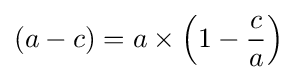
\left(a-c\right)=a\times \left(1-{\frac {c}{a}}\right)